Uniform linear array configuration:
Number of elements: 16
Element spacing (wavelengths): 0.5
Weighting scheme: hann
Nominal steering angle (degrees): -30
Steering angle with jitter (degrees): -28.88
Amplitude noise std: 0.05
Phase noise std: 0.05

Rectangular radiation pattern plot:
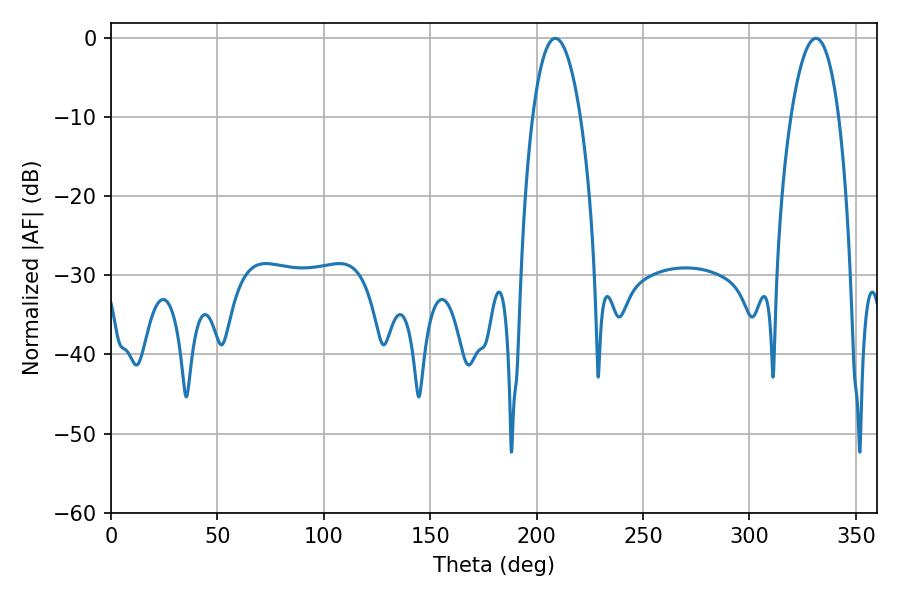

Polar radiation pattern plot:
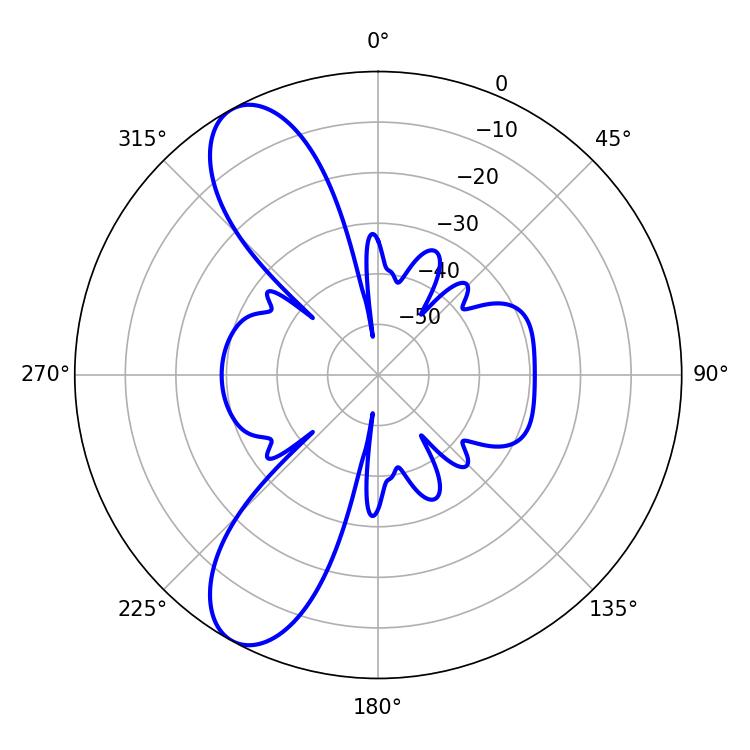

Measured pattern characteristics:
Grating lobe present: FALSE
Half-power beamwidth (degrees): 12.6
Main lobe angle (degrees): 208.8